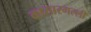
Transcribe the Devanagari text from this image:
कासारगल्ली